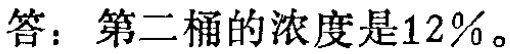
答：第二桶的浓度是\(12\%\)。